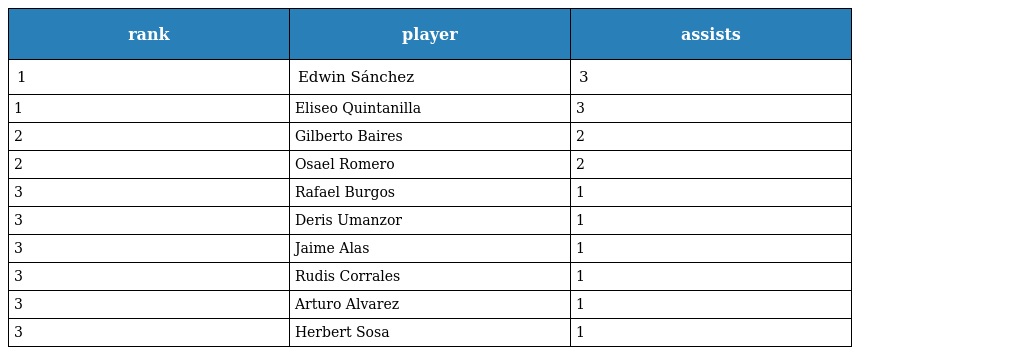
| rank | player | assists |
 | --- | --- | --- |
 | 1 | Edwin Sánchez | 3 |
 | 1 | Eliseo Quintanilla | 3 |
 | 2 | Gilberto Baires | 2 |
 | 2 | Osael Romero | 2 |
 | 3 | Rafael Burgos | 1 |
 | 3 | Deris Umanzor | 1 |
 | 3 | Jaime Alas | 1 |
 | 3 | Rudis Corrales | 1 |
 | 3 | Arturo Alvarez | 1 |
 | 3 | Herbert Sosa | 1 |